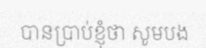
បានប្រាប់ខ្ញុំថា សូមបង